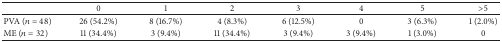
<table><thead><tr><td><b> </b></td><td><b>0</b></td><td><b>1</b></td><td><b>2</b></td><td><b>3</b></td><td><b>4</b></td><td><b>5</b></td><td><b>&gt;5</b></td></tr></thead><tbody><tr><td>PVA (<i>n</i> = 48)</td><td>26 (54.2%)</td><td>8 (16.7%)</td><td>4 (8.3%)</td><td>6 (12.5%)</td><td>0</td><td>3 (6.3%)</td><td>1 (2.0%)</td></tr><tr><td>ME (<i>n</i> = 32)</td><td>11 (34.4%)</td><td>3 (9.4%)</td><td>11 (34.4%)</td><td>3 (9.4%)</td><td>3 (9.4%)</td><td>1 (3.0%)</td><td>0</td></tr></tbody></table>